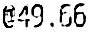
@49.66